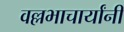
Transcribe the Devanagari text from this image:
वल्लभाचार्यांनी